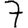
Digit: 7